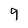
Character: 9